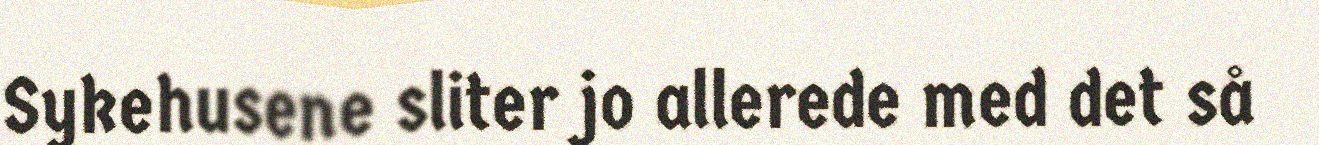
Sykehusene sliter jo allerede med det så